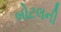
બોટલની